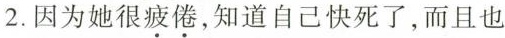
2.因为她很疲倦，知道自己快死了，而且也